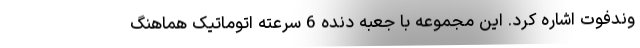
وندفوت اشاره کرد. این مجموعه با جعبه دنده 6 سرعته اتوماتیک هماهنگ